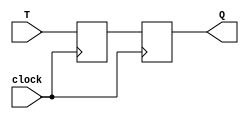
module t_flip_flop(
    input wire clock,
    input wire T,
    output reg Q
);

reg D, D1;

// Master flip-flop triggered by clock signal
always @(posedge clock) begin
    D <= T;
end

// Slave flip-flop triggered by next clock edge
always @(posedge clock) begin
    D1 <= D;
end

// Output of the slave flip-flop
assign Q = D1;

endmodule